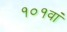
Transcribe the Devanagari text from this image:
१०१वां